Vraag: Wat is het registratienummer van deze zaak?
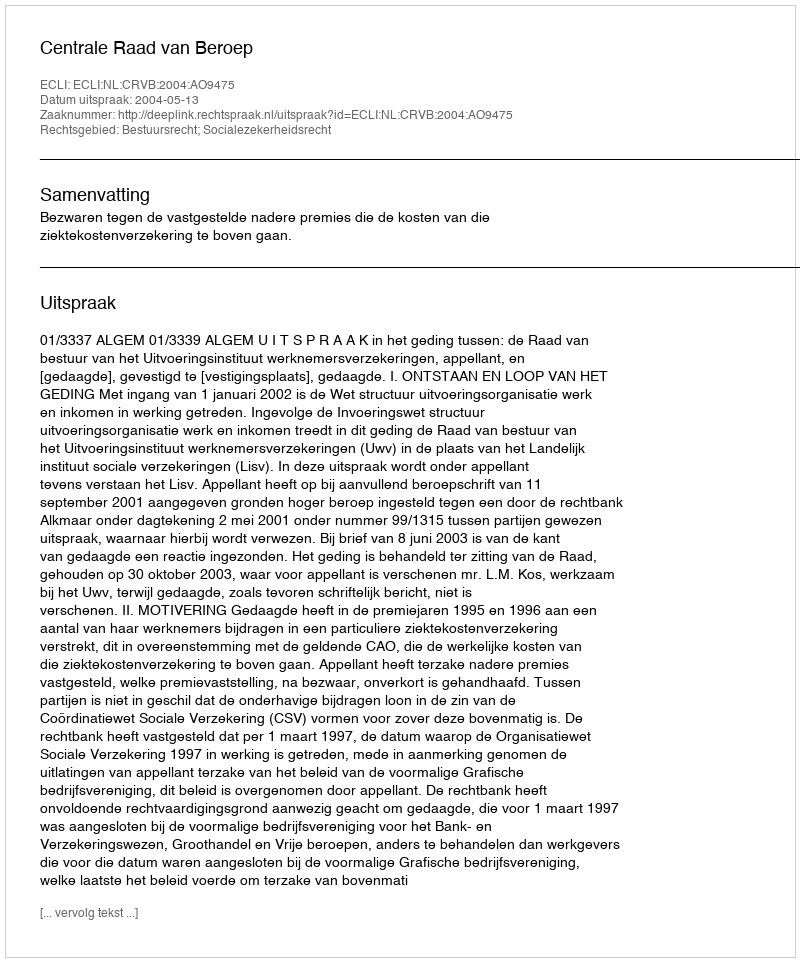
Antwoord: http://deeplink.rechtspraak.nl/uitspraak?id=ECLI:NL:CRVB:2004:AO9475